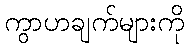
ကွာဟချက်များကို